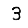
Digit: 3